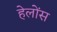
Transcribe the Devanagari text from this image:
हेलोंस